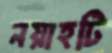
নয়াহটি